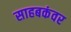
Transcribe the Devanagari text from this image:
साहबकंवर